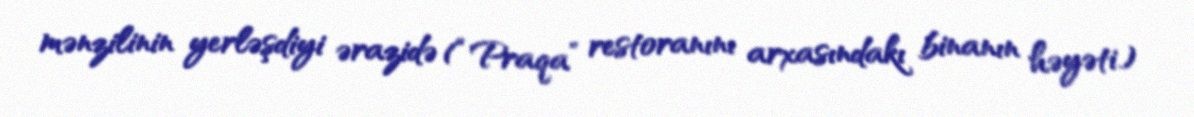
mənzilinin yerləşdiyi ərazidə (“Praqa” restoranını arxasındakı binanın həyəti)